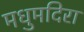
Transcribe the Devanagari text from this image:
मधुमदिरा